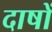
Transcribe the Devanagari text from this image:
दाषों